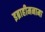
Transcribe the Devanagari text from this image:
इब्राहीमनामा